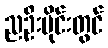
ညဦးပိုင်းတွင်